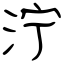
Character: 泞